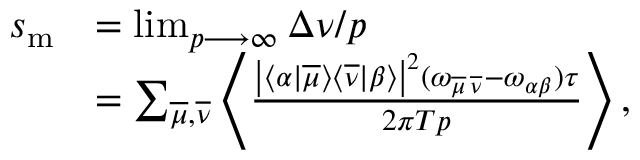
\begin{array} { r l } { s _ { \mathrm { m } } } & { = \operatorname* { l i m } _ { p \longrightarrow \infty } \Delta \nu / p } \\ & { = \sum _ { \overline { { \mu } } , \overline { { \nu } } } \left\langle \frac { \left| \langle \alpha | \overline { { \mu } } \rangle \langle \overline { { \nu } } | \beta \rangle \right| ^ { 2 } ( \omega _ { \overline { { \mu } } \, \overline { { \nu } } } - \omega _ { \alpha \beta } ) \tau } { 2 \pi T p } \right\rangle , } \end{array}